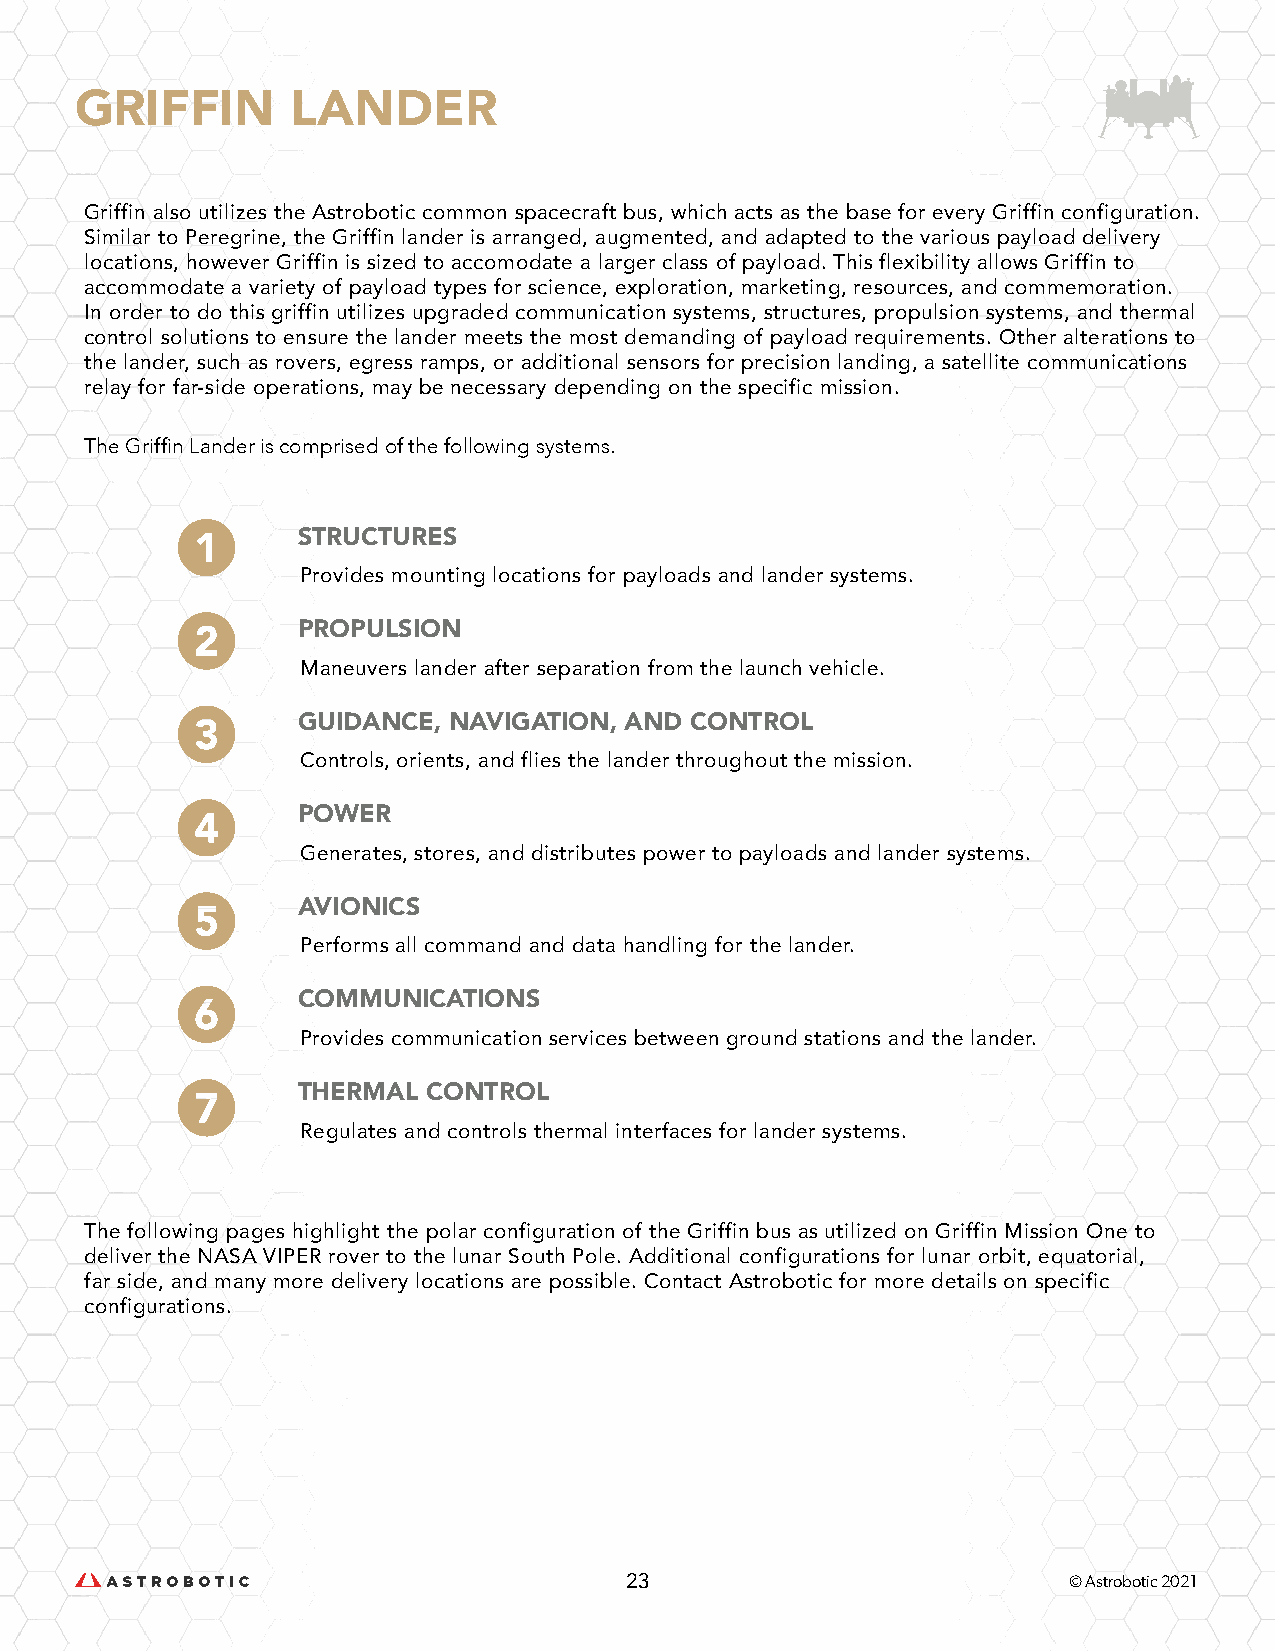
GRIFFIN       LANDER
 Griffin also utilizes the Astrobotic common spacecraft bus, which acts as the base for every Griffin configuration.
 Similar to Peregrine, the Griffin lander is arranged, augmented, and adapted to the various payload delivery
 locations, however Griffin is sized to accomodate a larger class of payload. This flexibility allows Griffin to
 accommodate a variety of payload types for science, exploration, marketing, resources, and commemoration.
 In order to do this griffin utilizes upgraded communication systems, structures, propulsion systems, and thermal
 control solutions to ensure the lander meets the most demanding of payload requirements. Other alterations to
 the lander, such as rovers, egress ramps, or additional sensors for precision landing, a satellite communications
 relay for far-side operations, may be necessary depending on the specific mission.
 The Griffin Lander is comprised of the following systems.
 STRUCTURES
 Provides mounting locations for payloads and lander systems.
 PROPULSION
 Maneuvers lander after separation from the launch vehicle.
 GUIDANCE, NAVIGATION, AND CONTROL
 Controls, orients, and flies the lander throughout the mission.
 POWER
 Generates, stores, and distributes power to payloads and lander systems.
 AVIONICS
 Performs all command and data handling for the lander.
 COMMUNICATIONS
 Provides communication services between ground stations and the lander.
 THERMAL CONTROL
 Regulates and controls thermal interfaces for lander systems.
 The following pages highlight the polar configuration of the Griffin bus as utilized on Griffin Mission One to
 deliver the NASA VIPER rover to the lunar South Pole. Additional configurations for lunar orbit, equatorial,
 far side, and many more delivery locations are possible. Contact Astrobotic for more details on specific
 configurations.
 23                            © Astrobotic 2021